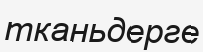
тканьдерге